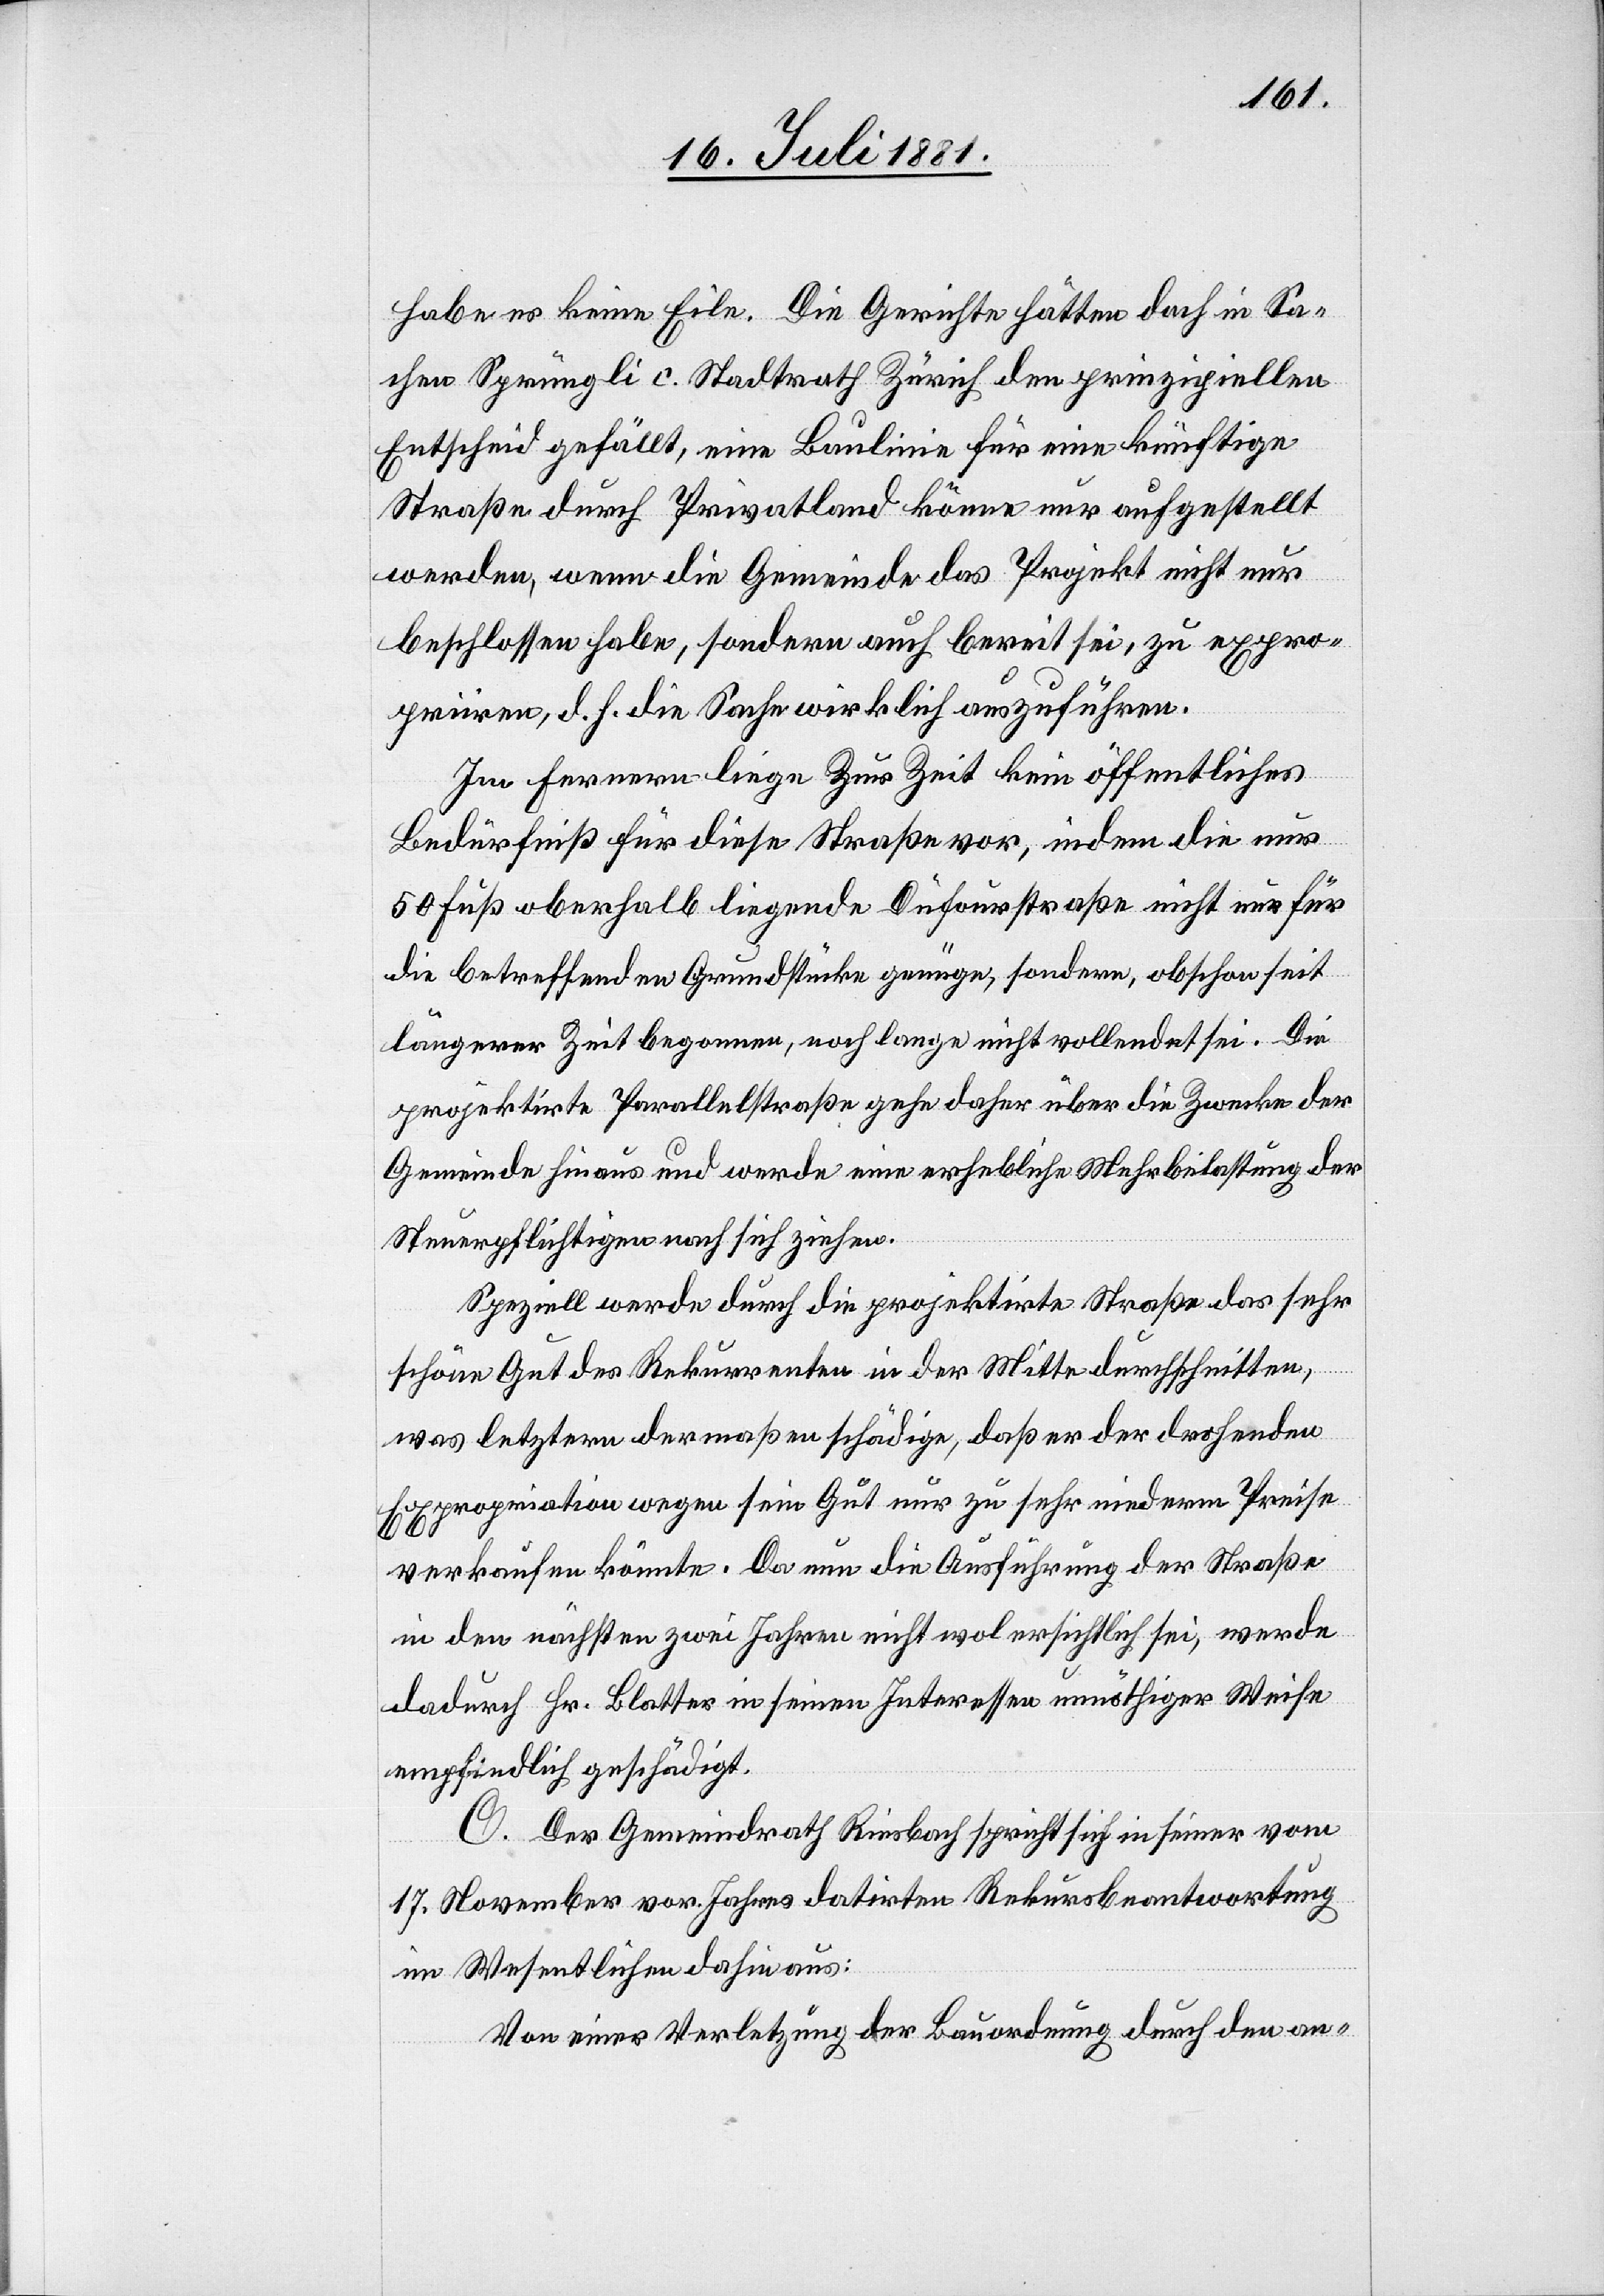
habe es keine Eile. Die Gerichte hätten doch in Sa¬
chen Sprüngli c. Stadtrath Zürich den prinzipiellen
Entscheid gefällt, eine Baulinie für eine künftige
Straße durch Privatland könne nur aufgestellt
werden, wenn die Gemeinde das Projekt nicht nur
beschlossen habe, sondern auch bereit sei, zu expro¬
priiren, d. h. die Sache wirklich auszuführen.
Im Fernern liege Zur [sic!] Zeit kein öffentliches
Bedürfniß für diese Straße vor, indem die nur
50 Fuß oberhalb liegende Dufourstraße nicht nur für
die betreffenden Grundstücke genüge, sondern, obschon seit
längerer Zeit begonnen, noch lange nicht vollendet sei. Die
projektirte Parallelstraße gehe daher über die Zwecke der
Gemeinde hinaus und werde eine erhebliche Mehrbelastung der
Steuerpflichtigen nach sich ziehen.
Speziell werde durch die projektirte Straße das sehr
schöne Gut des Rekurrenten in der Mitte durchschnitten,
was letztern dermaßen schädige, daß er der drohenden
Expropriation wegen sein Gut nur zu sehr niederm [sic!] Preise
verkaufen könnte. Da nun die Ausführung der Straße
in den nächsten zwei Jahren nicht wol ersichtlich sei, werde
dadurch Hr. Blatter in seinen Interessen unnöthiger Weise
empfindlich geschädigt.
C. Der Gemeindrath Riesbach spricht sich in seiner vom
17. November vor. Jahres datirten Rekursbeantwortung
im Wesentlichen dahin aus:
Von einer Verletzung der Bauordnung durch den an-